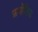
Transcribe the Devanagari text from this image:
फ़नोलिक